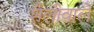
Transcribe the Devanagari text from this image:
शैलीवाले